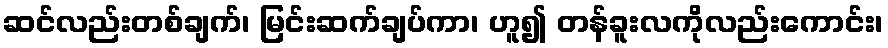
ဆင်လည်းတစ်ချက်၊ မြင်းဆက်ချပ်ကာ၊ ဟူ၍ တန်ခူးလကိုလည်းကောင်း၊